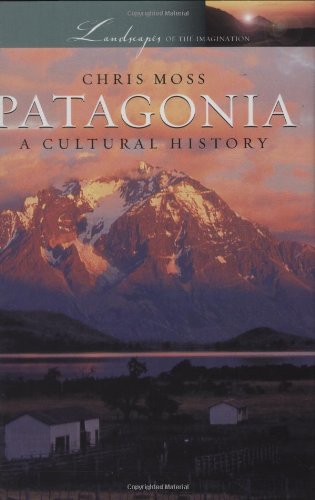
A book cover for Patagonia: A Cultural History (Landscapes of the Imagination); Chris Moss; Travel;